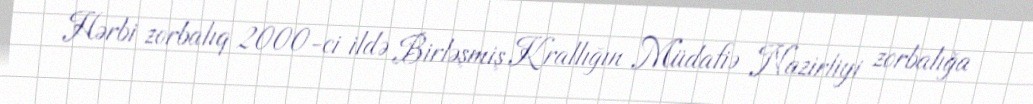
Hərbi zorbalıq 2000-ci ildə Birləşmiş Krallığın Müdafiə Nazirliyi zorbalığa